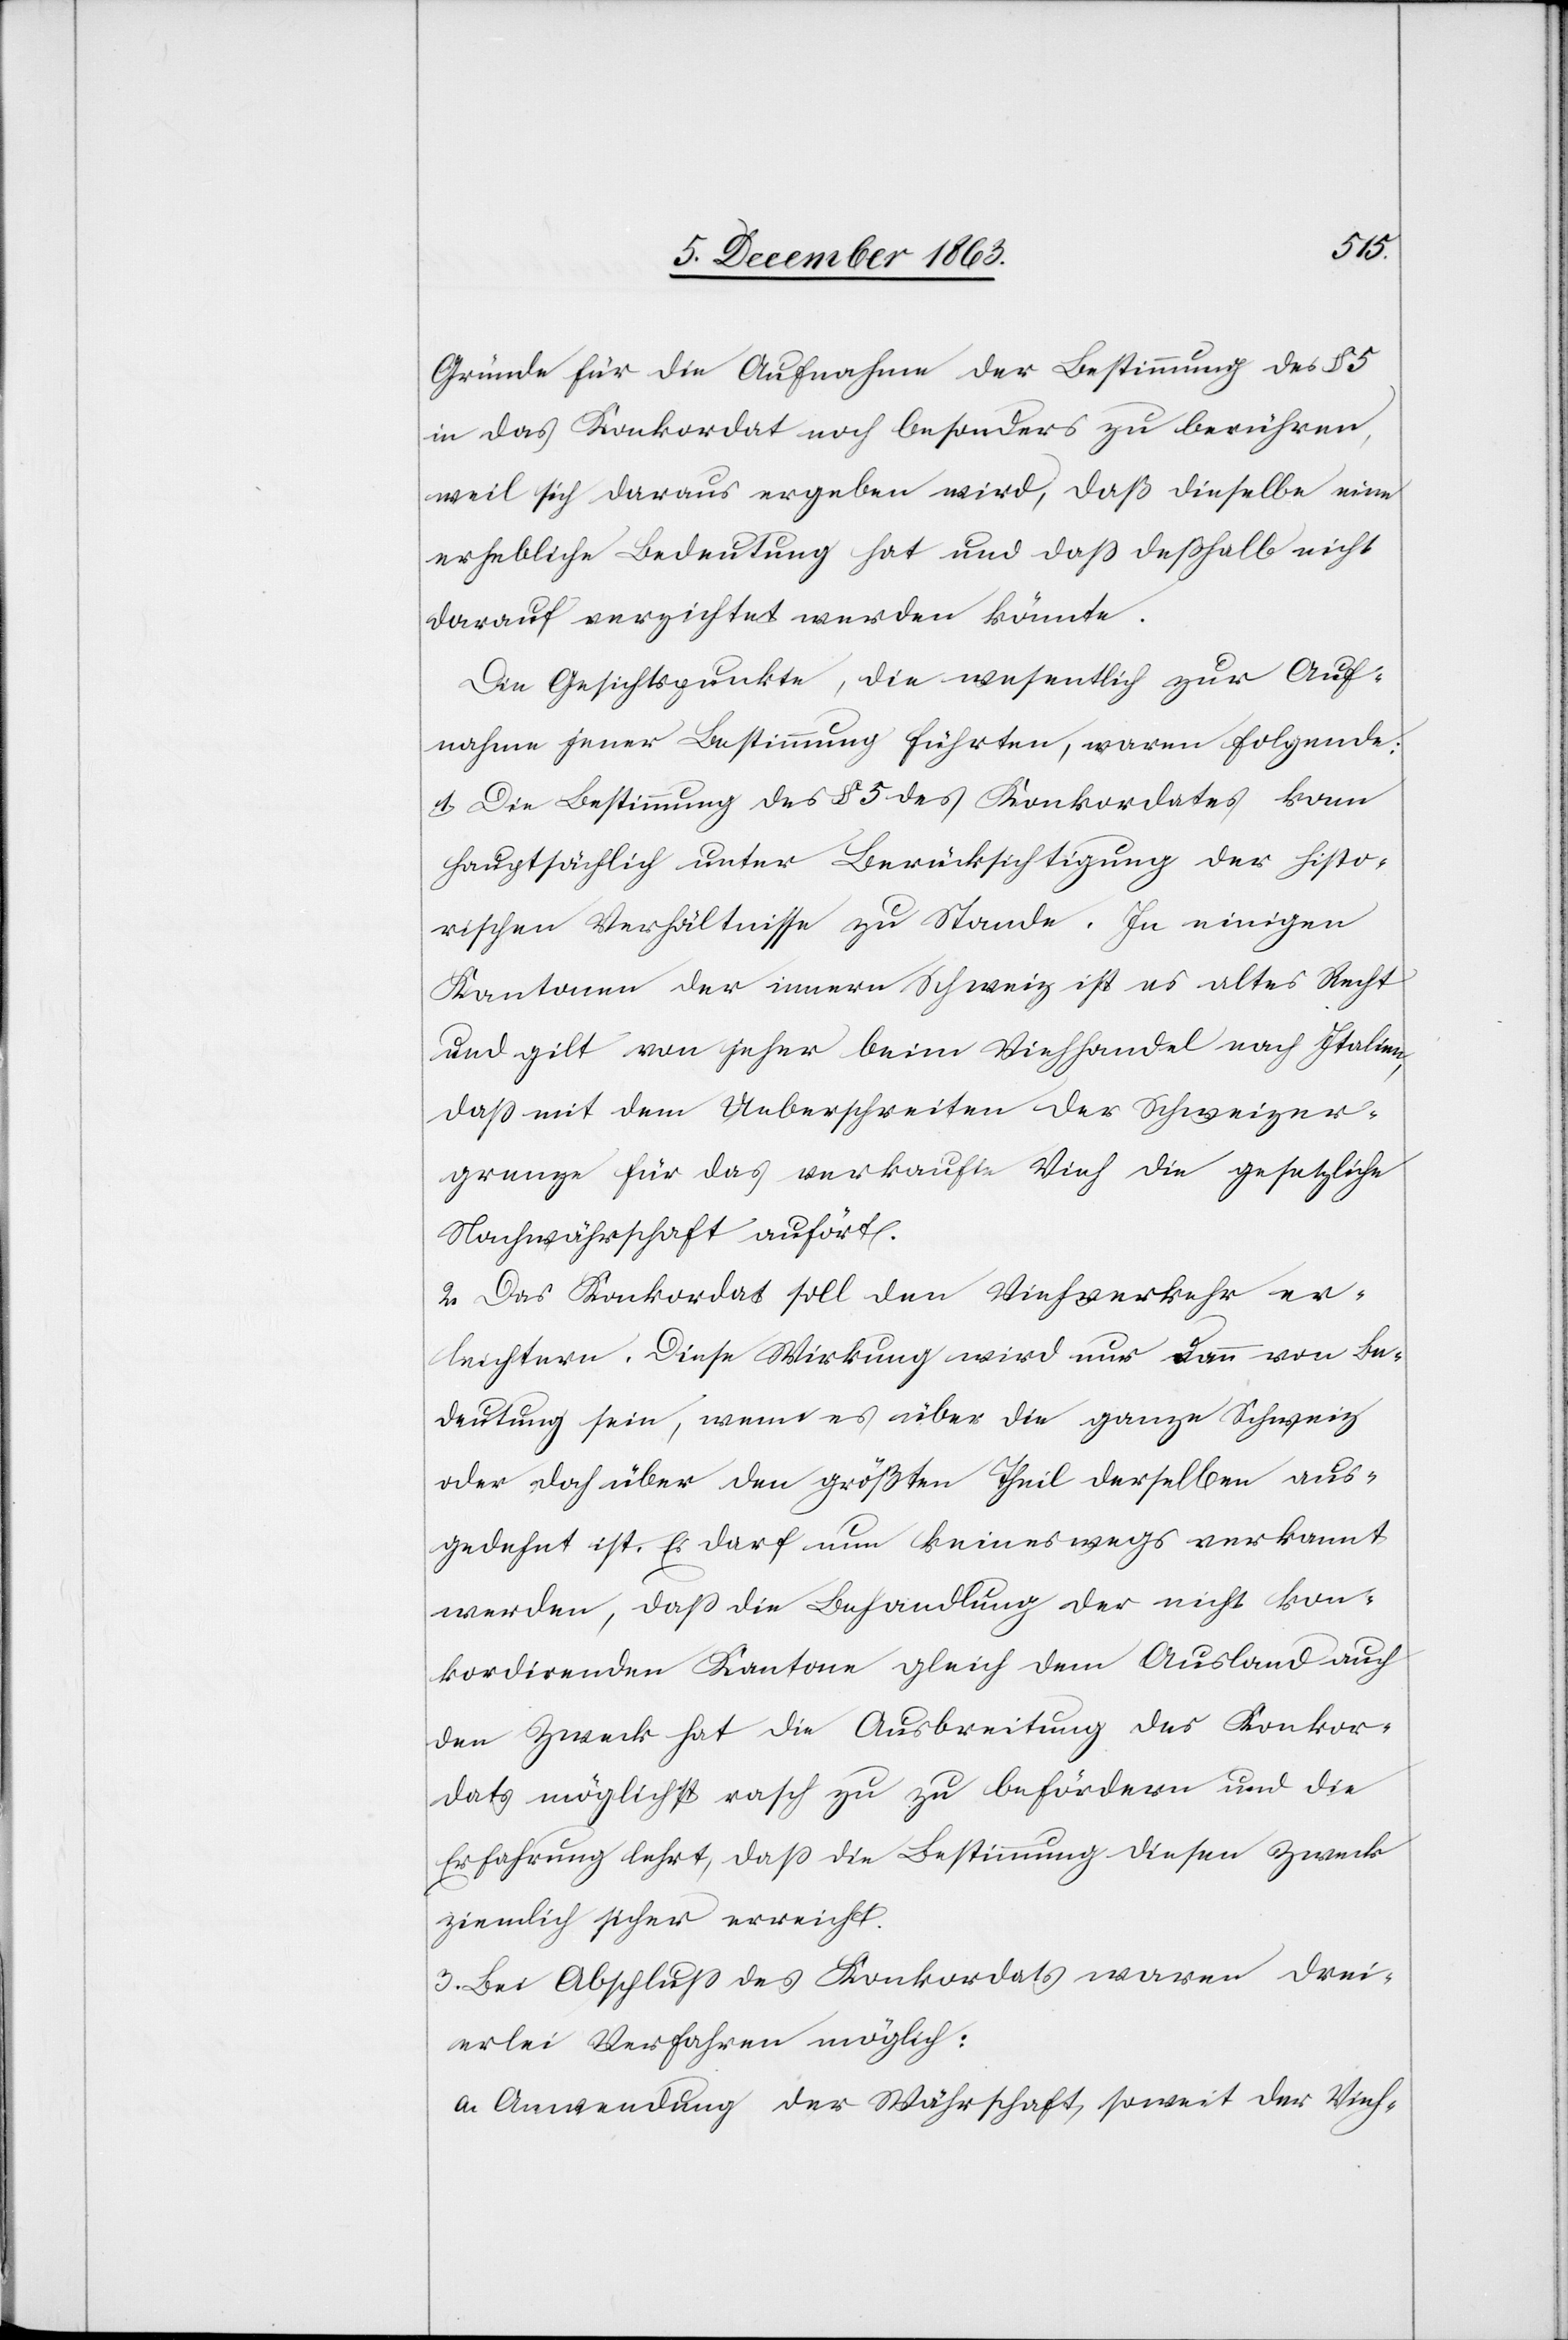
Gründe für die Aufnahme der Bestimmung des § 5
in das Konkordat noch besonders zu berühren,
weil sich daraus ergeben wird, daß dieselbe eine
erhebliche Bedeutung hat und dass deßhalb nicht
darauf verzichtet werden könnte.
Die Gesichtspunkte, die wesentlich zur Auf¬
nahme jener Bestimmung führten, waren folgende:
1. Die Bestimmung des § 5 des Konkordates kam
hauptsächlich unter Berücksichtigung der histo¬
rischen Verhältnisse zu Stande. In einigen
Kantonen der innern Schweiz ist es altes Recht
und gilt von jeher beim Viehhandel nach Italien,
dass mit dem Ueberschreiten der Schweizer¬
grenze für das verkaufte Vieh die gesetzliche
Nachwährschaft auf[h]ört.
2. Das Konkordat soll den Viehverkehr er¬
leichtern. Diese Wirkung wird nur dann von Be¬
deutung sein, wenn es über die ganze Schweiz
oder doch über den größten Theil derselben aus¬
gedehnt ist. Es darf nun keineswegs verkannt
werden, dass die Behandlung der nicht kon¬
kordirenden Kantone gleich dem Ausland auch
den Zweck hat die Ausbreitung des Konkor¬
dats möglichst rasch zu zu [sic!] befördern und die
Erfahrung lehrt, dass die Bestimmung diesen Zweck
ziemlich sicher erreicht.
3. Bei Abschluss des Konkordats waren drei¬
erlei Verfahren möglich:
a. Anwendung der Währschaft, soweit der Vieh-